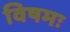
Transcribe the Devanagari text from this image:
विषमः